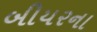
બીયરના